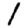
Digit: 1